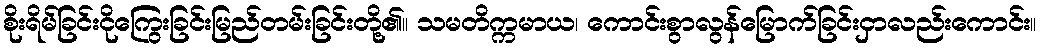
စိုးရိမ်ခြင်းငိုကြွေးခြင်းမြည်တမ်းခြင်းတို့၏။ သမတိက္ကမာယ၊ ကောင်းစွာလွန်မြောက်ခြင်းငှာလည်းကောင်း။